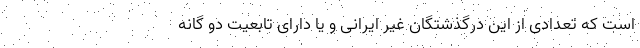
است که تعدادی از این درگذشتگان غیر ایرانی و یا دارای تابعیت دو گانه